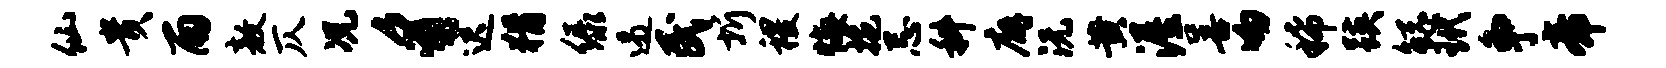
仙贵雨敖仄况豸迟猾绿遏民圻稷悔拖忌科廨沅黄渥善吻稀蹊鲧玳争帝